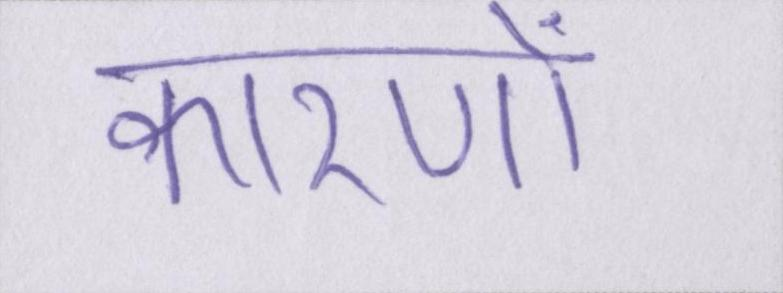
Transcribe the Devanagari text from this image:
कारणों